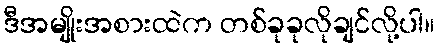
ဒီအမျိုးအစားထဲက တစ်ခုခုလိုချင်လို့ပါ။